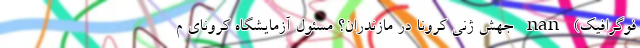
فوگرافیک) nan جهش ژنی کرونا در مازندران؟ مسئول آزمایشگاه کرونای م